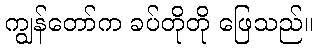
ကျွန်တော်က ခပ်တိုတို ဖြေသည်။